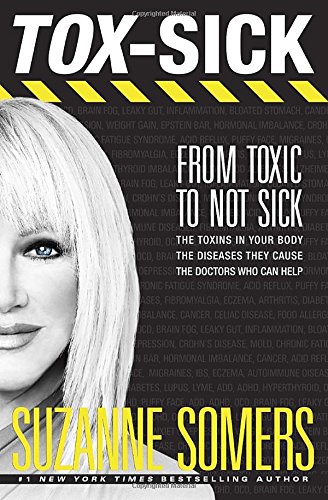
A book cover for TOX-SICK: From Toxic to Not Sick; Suzanne Somers; Health, Fitness & Dieting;